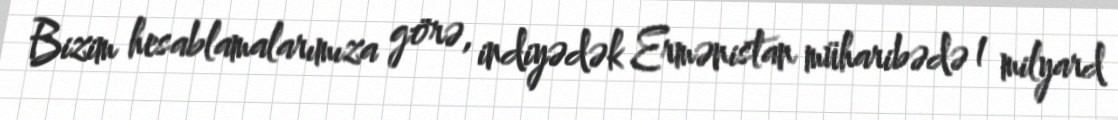
Bizim hesablamalarımıza görə, indiyədək Ermənistan müharibədə 1 milyard